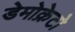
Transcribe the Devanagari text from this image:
डेमोक्रेटो